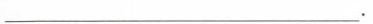
___.